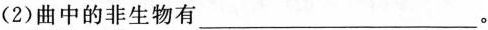
（2）曲中的非生物有___。